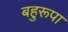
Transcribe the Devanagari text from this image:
बहुरूपा